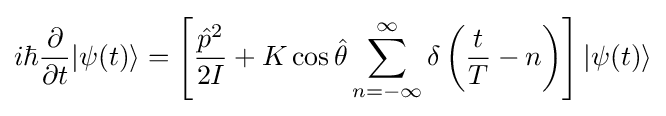
i\hbar {\frac {\partial }{\partial t}}|\psi (t)\rangle =\left[{\frac {{\hat {p}}^{2}}{2I}}+K\cos {\hat {\theta }}\sum _{n=-\infty }^{\infty }\delta \left({\frac {t}{T}}-n\right)\right]|\psi (t)\rangle